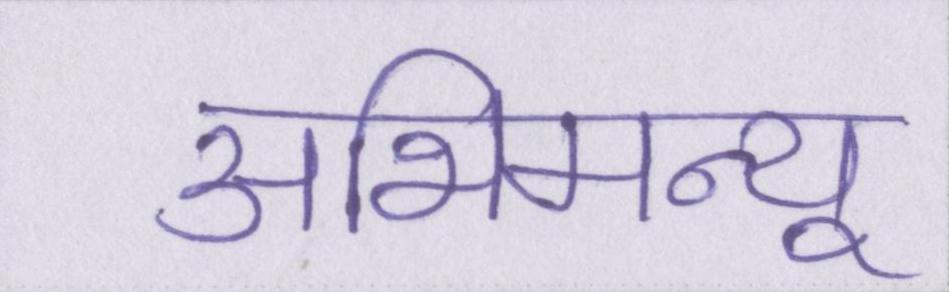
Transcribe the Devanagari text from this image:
अभिमन्यू